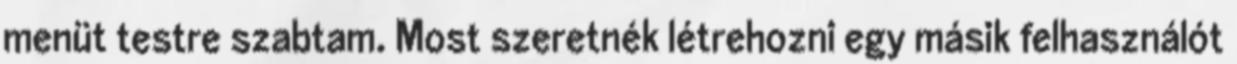
menüt testre szabtam. Most szeretnék létrehozni egy másik felhasználót